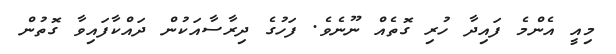
މިއީ އެންމެ ފައިދާ ހުރި ގޮތެއް ނޫނެވެ. ފަހުގެ ދިރާސާއަކުން ދައްކާފައިވާ ގޮތުން